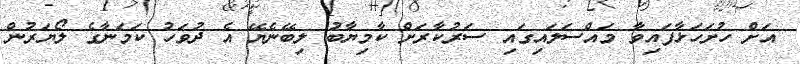
އަށް ހުށަހަޅާފައިވާ މައްސަލައިގައި ސަރުކާރަށް ކާމިޔާބު ލިބޭނެޔޭ އެ ދުވަހު ކަމަނާގެ ލޯޔަރުން